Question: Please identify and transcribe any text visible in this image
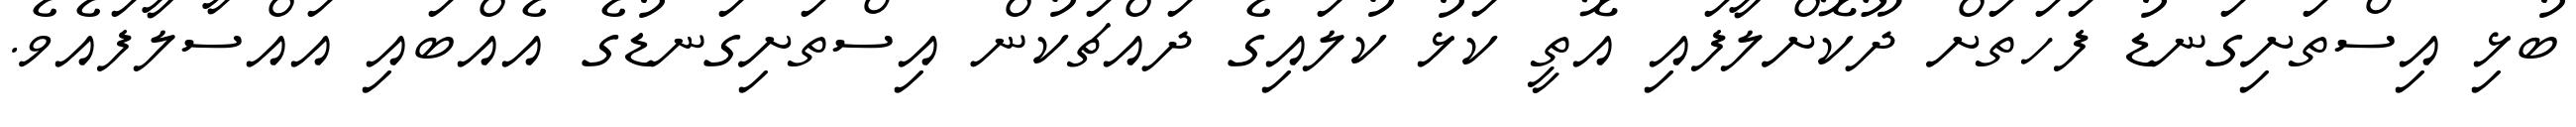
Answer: ބުޅި އިސްތަށިގަނޑު ފަހަތަށް ދޫކޮށްލާފައި އޮތީ ކަޅު ކުލައިގެ ދައްޗަކުން އިސްތަށިގަނޑުގެ އެއްބައި އައްސާލާފައެވެ.